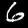
Digit: 6